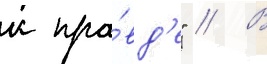
к пра́вд'е" // В